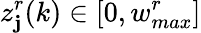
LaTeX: z_{\mathbf{j}}^{r}(k)\in[0,w_{max}^{r}]